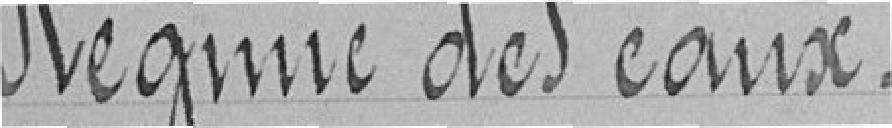
Régime des eaux